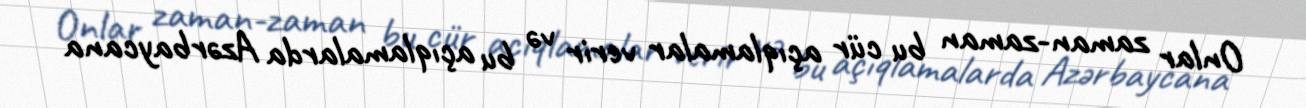
Onlar zaman-zaman bu cür açıqlamalar verir və bu açıqlamalarda Azərbaycana